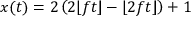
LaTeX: x ( t ) = 2 \left( 2 \lfloor f t \rfloor - \lfloor 2 f t \rfloor \right) + 1